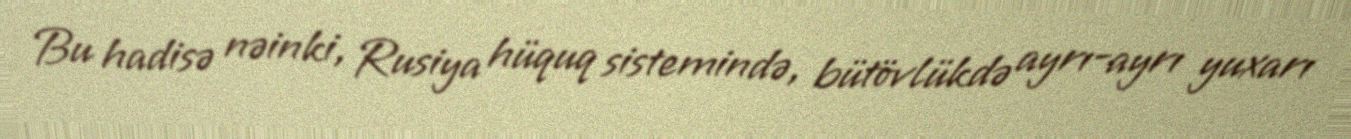
Bu hadisə nəinki, Rusiya hüquq sistemində, bütövlükdə ayrı-ayrı yuxarı